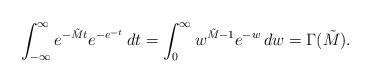
LaTeX: \begin{align*}\int_{-\infty}^\infty e^{-\tilde M t} e^{-e^{-t}}\, dt = \int_0^\infty w^{\tilde M -1} e^{-w}\, dw = \Gamma(\tilde M).\end{align*}